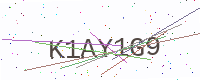
Text: K1AY1G9